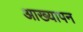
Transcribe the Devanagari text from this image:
आख्यापन